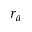
r _ { a }